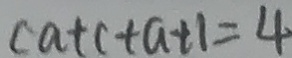
c a + c + a + 1 = 4